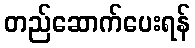
တည်ဆောက်ပေးရန်